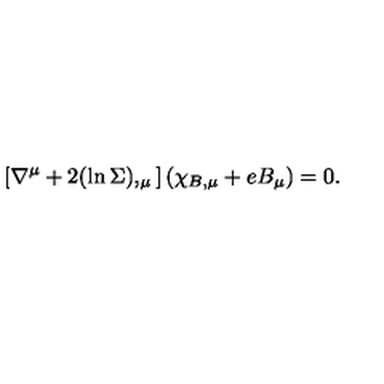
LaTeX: \left[ \nabla ^ { \mu } + 2 ( \ln \Sigma ) , _ { \mu } \right] ( \chi _ { B , \mu } + e B _ { \mu } ) = 0 .